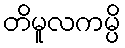
တိမူလကမ္ပိ